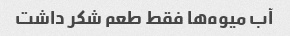
آب میوه‌ها فقط طعم شکر داشت